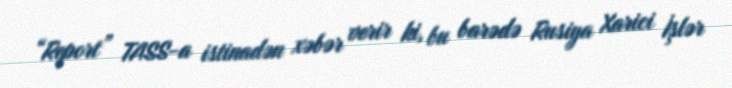
“Report” TASS-a istinadən xəbər verir ki, bu barədə Rusiya Xarici İşlər